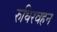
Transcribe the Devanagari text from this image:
रुधिरवहन